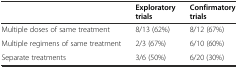
<table><thead><tr><td></td><td><b>Exploratory trials</b></td><td><b>Confirmatory trials</b></td></tr></thead><tbody><tr><td>Multiple doses of same treatment</td><td>8/13 (62%)</td><td>8/12 (67%)</td></tr><tr><td>Multiple regimens of same treatment</td><td>2/3 (67%)</td><td>6/10 (60%)</td></tr><tr><td>Separate treatments</td><td>3/6 (50%)</td><td>6/20 (30%)</td></tr></tbody></table>